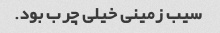
سیب زمینی خیلی چرب بود.